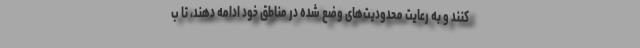
کنند و به رعایت محدودیت‌های وضع شده در مناطق خود ادامه دهند، تا ب